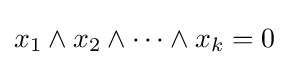
x_{1}\wedge x_{2}\wedge \cdots \wedge x_{k}=0